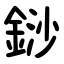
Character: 䤬